画像に写った文字を読んでください
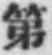
「第」と書いてあります